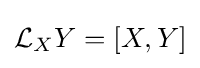
{\mathcal {L}}_{X}Y=[X,Y]